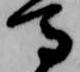
馬